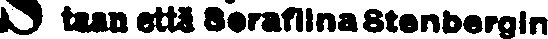
# taan että Serafina Stenbergin